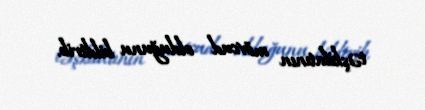
təşkilatının mövcud olduğunu bildirib.